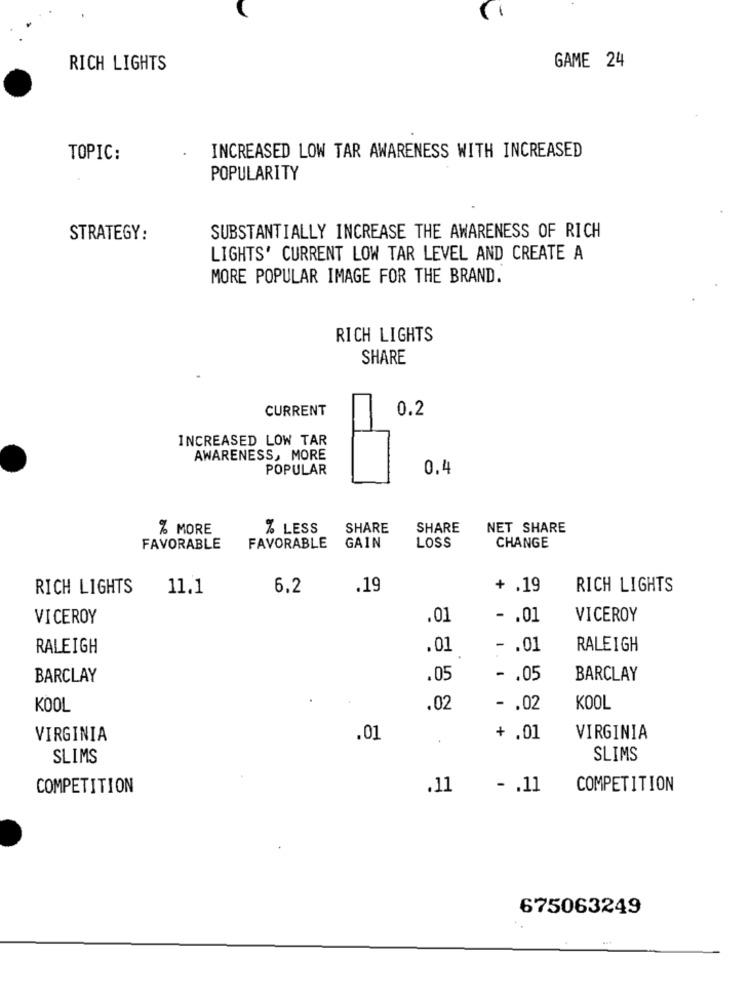
RICH LIGHTS
GAME 24
TOPIC:
INCREASED LOW TAR AWARENESS WITH INCREASED
POPULARITY
STRATEGY:
SUBSTANTIALLY INCREASE THE AWARENESS OF RICH
LIGHTS' CURRENT LOW TAR LEVEL AND CREATE A
MORE POPULAR IMAGE FOR THE BRAND.
RICH LIGHTS
SHARE
CURRENT
0.2
INCREASED LOW TAR
AWARENESS, MORE
POPULAR
0.4
% MORE
% LESS
SHARE
SHARE
NET SHARE
FAVORABLE
FAVORABLE
GAIN
LOSS
CHANGE
RICH LIGHTS
11.1
6.2
.19
+ .19
RICH LIGHTS
VICEROY
.01
- . 01
VICEROY
RALEIGH
.01
- . 01
RALEIGH
BARCLAY
.05
-. 05
BARCLAY
KOOL
.02
- . 02
KOOL
VIRGINIA
.01
.
+ .01
VIRGINIA
SLIMS
SLIMS
COMPETITION
.11
- . 11
COMPETITION
675063249